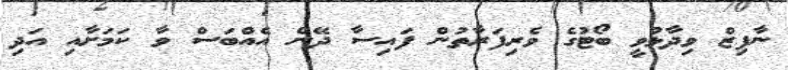
ނާފިޒް ވިދާޅުވީ ބޯޓުގެ ވެރިފަރާތުން ފައިސާ ދޭން އެއްބަސް ވާ ކަމަށާއި އަދި